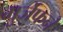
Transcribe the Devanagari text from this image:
गुर्जेफने